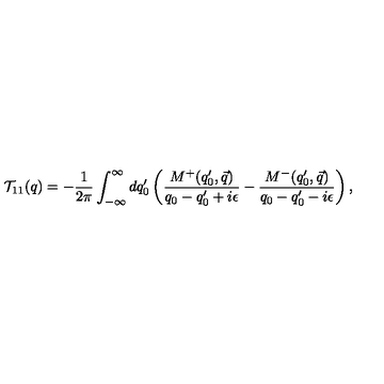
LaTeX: { \cal T } _ { 1 1 } ( q ) = - \frac { 1 } { 2 \pi } \int _ { - \infty } ^ { \infty } d q _ { 0 } ^ { \prime } \left( \frac { M ^ { + } ( q _ { 0 } ^ { \prime } , \vec { q } ) } { q _ { 0 } - q _ { 0 } ^ { \prime } + i \epsilon } - \frac { M ^ { - } ( q _ { 0 } ^ { \prime } , \vec { q } ) } { q _ { 0 } - q _ { 0 } ^ { \prime } - i \epsilon } \right) ,